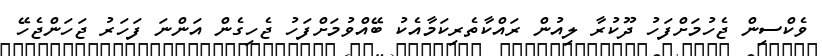
ވެކްސިން ޖެހުމަށްފަހު ދޫކުރާ ލިއުން ރައްކާތެރިކަމާއެކު ބޭއްވުމަށްފަހު ޖެހިގެން އަންނަ ފަހަރު ޖަހަންޖެހޭ